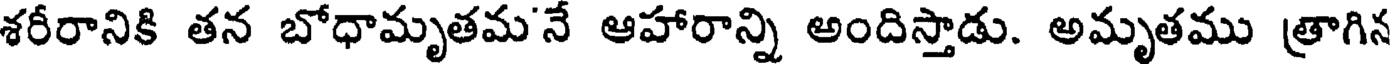
శరీరానికి తన బోధామృతమ'నే ఆహారాన్ని అందిస్తాడు. అమృతము త్రాగిన